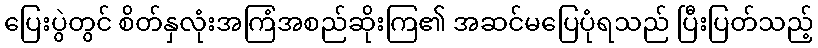
ပြေးပွဲတွင် စိတ်နှလုံးအကြံအစည်ဆိုးကြ၏ အဆင်မပြေပုံရသည် ပြီးပြတ်သည့်